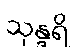
သုန္ဒရိ